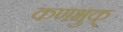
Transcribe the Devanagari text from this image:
कणभुक्